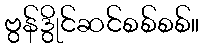
ဗွန်ဒွိုင်ဆင်စစ်စစ်။